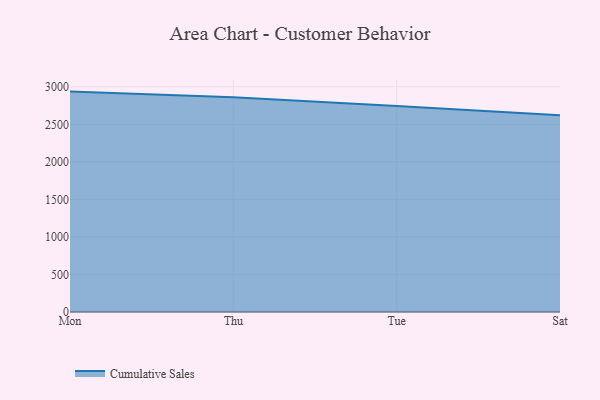
{"axis": {"x": "Day", "y": "Customer Acquisition Cost (USD)"}, "legend": ["Cumulative Sales"], "data": [{"x": "Mon", "y": 2935.7, "type": "Cumulative Sales"}, {"x": "Thu", "y": 2861.5, "type": "Cumulative Sales"}, {"x": "Tue", "y": 2744.2, "type": "Cumulative Sales"}, {"x": "Sat", "y": 2619.9, "type": "Cumulative Sales"}]}